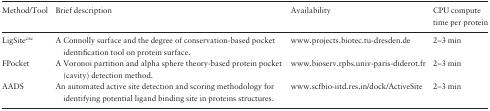
| Method/Tool | Brief description | Availability | CPU compute time per protein |
 | --- | --- | --- | --- |
 | LigSitecsc | A Connolly surface and the degree of conservation-based pocket identification tool on protein surface. | www.projects.biotec.tu-dresden.de | 2–3 min |
 | FPocket | A Voronoi partition and alpha sphere theory-based protein pocket (cavity) detection method. | www.bioserv.rpbs.univ-paris-diderot.fr | 2–3 min |
 | AADS | An automated active site detection and scoring methodology for identifying potential ligand binding site in proteins structures. | www.scfbio-iitd.res.in/dock/ActiveSite | 2–3 min |